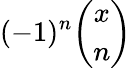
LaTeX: (-1)^{n}{\binom{x}{n}}